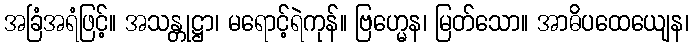
အခြံအရံဖြင့်။ အသန္တုဋ္ဌာ၊ မရောင့်ရဲကုန်။ ဗြဟ္မေန၊ မြတ်သော။ အာဓိပထေယျေန၊